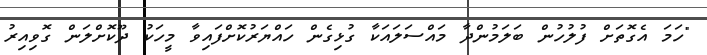
"ހަމަ އެގޮތަށް ފުލުހުން ބަލަމުންދާ މައްސަލައަކާ ގުޅިގެން ހައްޔަރުކޮށްފައިވާ މީހަކު ދޫކޮށްލަން ގޮވިއިރު